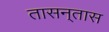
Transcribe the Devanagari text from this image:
तासन्‌तास